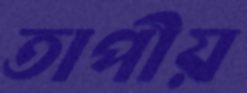
তাপীয়